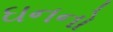
ઘનનો